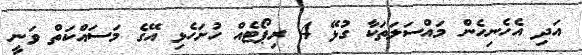
އަދި އެހެނިހެން މައްސަލަތަކާ ގުޅޭ 4 ރިޕޯޓެއް ހުށަހެޅި އޭގެ މަސައްކަތް ވަނީ